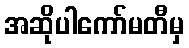
အဆိုပါကော်မတီမှ